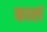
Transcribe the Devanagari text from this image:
कालं